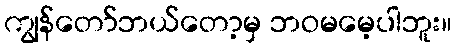
ကျွန်တော်ဘယ်တော့မှ ဘဝမမေ့ပါဘူး။